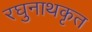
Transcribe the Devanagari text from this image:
रघुनाथकृत